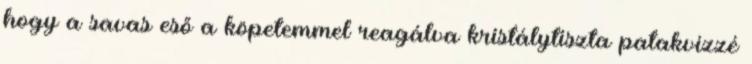
hogy a savas eső a köpetemmel reagálva kristálytiszta patakvízzé